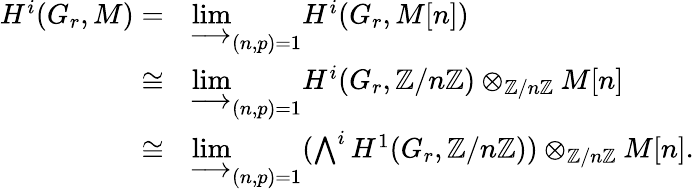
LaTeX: \begin{array}{rl}{H^{i}(G_{r},M)=}&{\varinjlim_{(n,p)=1}H^{i}(G_{r},M[n])}\\ {\cong}&{\varinjlim_{(n,p)=1}H^{i}(G_{r},{\mathbb Z}/n{\mathbb Z})\otimes_{{\mathbb Z}/n{\mathbb Z}}M[n]}\\ {\cong}&{\varinjlim_{(n,p)=1}(\bigwedge^{i}H^{1}(G_{r},{\mathbb Z}/n{\mathbb Z}))\otimes_{{\mathbb Z}/n{\mathbb Z}}M[n].}\end{array}